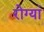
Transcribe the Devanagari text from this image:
रोग्यां